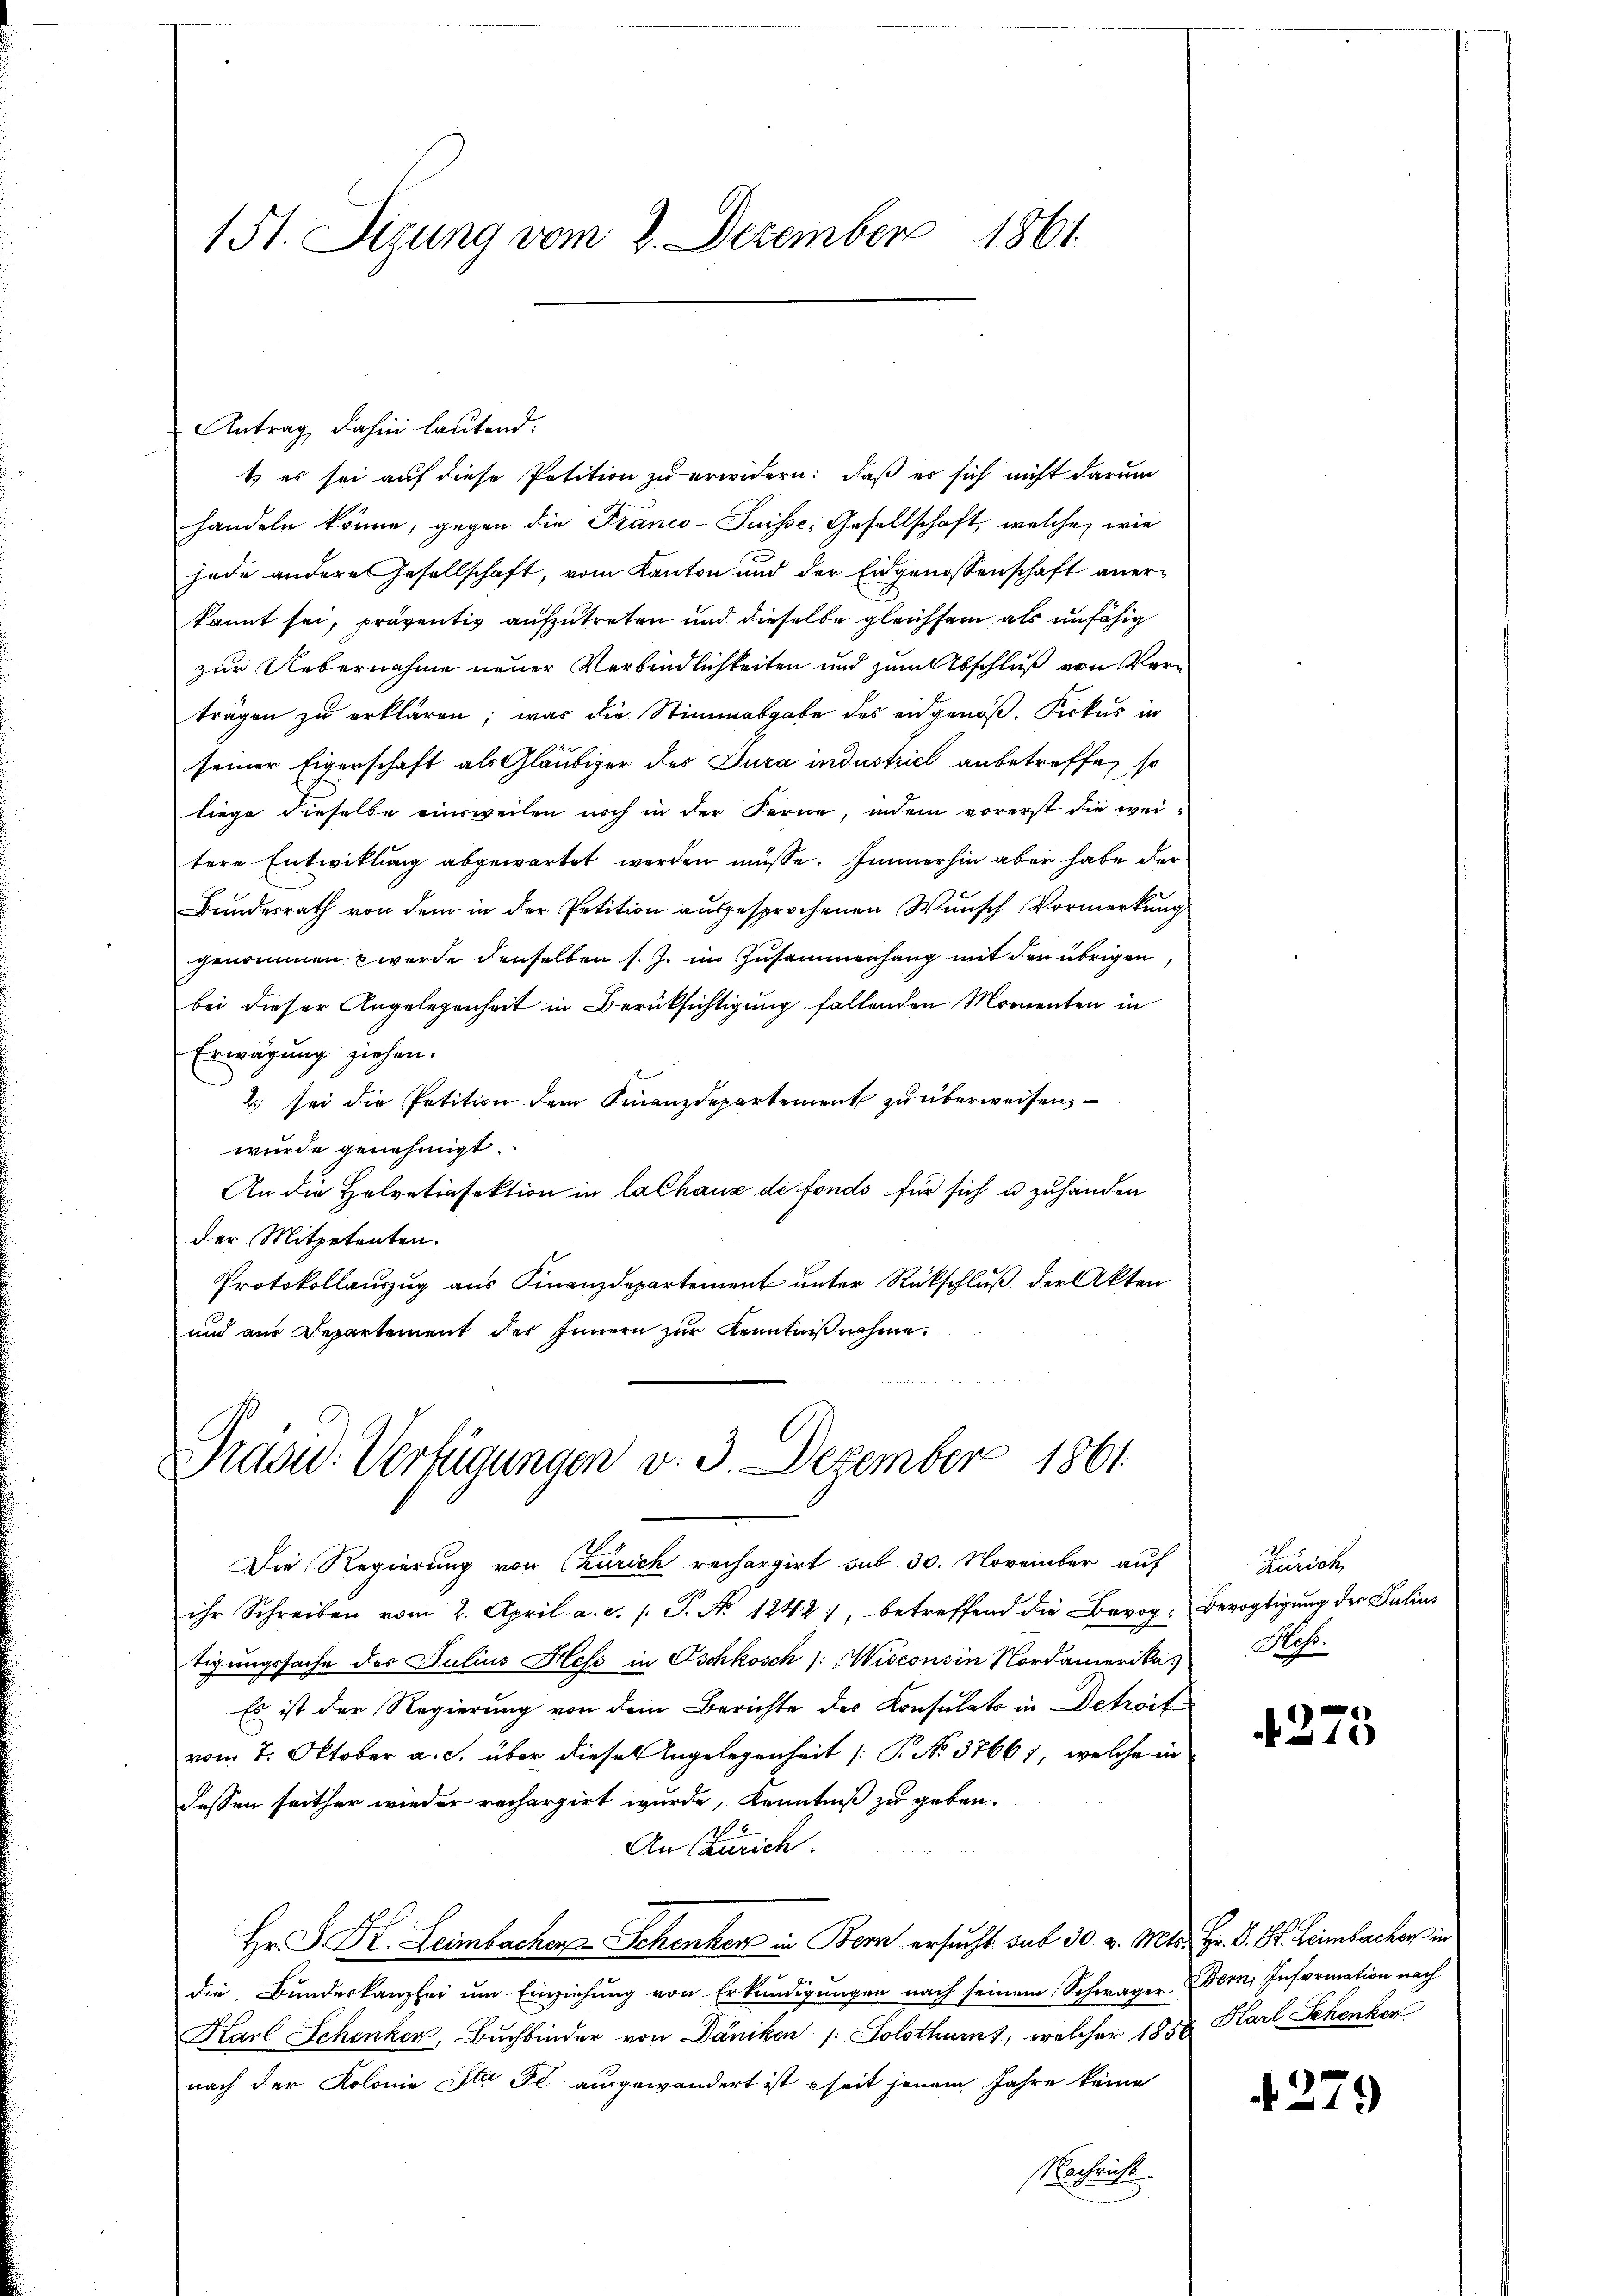
15t. Sigung vom 2. Dezember 1861

Antrag, dahin lautend:
1) es sei auf diese Petition zu erwidern: daß er sich nicht darum
handeln könne, gegen die Franco-Suisse, Gesellschaft, welche, wie
jede andere Gesellschaft, vom Kanton und der Eidgenossenschaft anerkannt sei, präventiv aufzutreten und dieselbe gleichsam als unfähig
zur Uebernahme neuer Verbindlichkeiten und zum Abschluß von Verträgen zu erklären; was die Stimmabgabe des eidgenöß, Kirkes in
seiner Eigenschaft als Gläubiger des Jura industriel anbetreffen so
liege dieselbe einsweilen noch in der Ferne, indem vorerst die weitere Entwicklung abgewartet werden müsse. Immerhin aber habe der
Bundesrath von dem in der Petition ausgesprochenen Wunsch Vormerkung
genommen werde denselben s. Z. im Zusammenhang mit den übrigen,
bei dieser Angelegenheit in Berüksichtigung fallenden Momenten in
Erwägung ziehen.
2 sei die Petition dem Finanzdepartement zu überweisen,
wurde genehmigt.
An die Helvetiasektion in lalhaus de fonds für sich u zuhanden
der Mitpetenten.
Protokollauszug aus Finanzdepartement unter Rückschluß der Akten
und aus Departement des Innern zur Kenntnißnahme.

Präsid. Verfügungen v. 3. Dezember 1861

Die Regierung von (zurich rechargirt sub 30. November auf
ihr Schreiben vom 2. April a. c. /. P. Nr. 1242), betreffend die Bevog- Bevogtigung der Julius
tigungssache des Julius Hess in Oschkosch /: WWisconsin Nordamerika,
Es ist der Regierung von dem Berichte des Konsulato in Detroit
vom 7. Oktober a. c. über dieser Angelegenheit /: P. No. 37667, welche in
dessen seither wieder rechargirt wurde, Kenntniß zu geben.
An Zürich.
Hr. P. Kt. Leimbachen Schenker in Bern ersucht sub 30. v. Mts. Hr. V. St. Leimbacher in
die Bundeskanzlei um Einziehung von Erkundigungen nach seinem Schwäger Zern; Information nach
Karl Schenker, Buchbinder von Däniken /: Solothurns, welcher 1856 Karl Sehenken
nach der Kolonie Ita Fl. ausgewandert ist seit jenem Jahre keine
Nachricht

Zürich,
Mos.

4275

4279